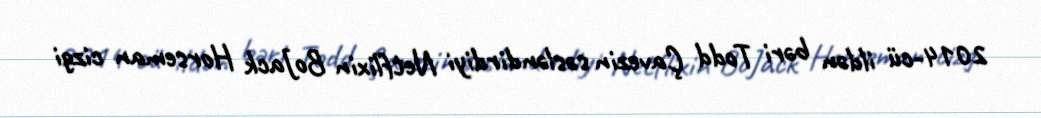
2014-cü ildən bəri Todd Çavezin səsləndirdiyi Netflixin BoJack Horseman cizgi